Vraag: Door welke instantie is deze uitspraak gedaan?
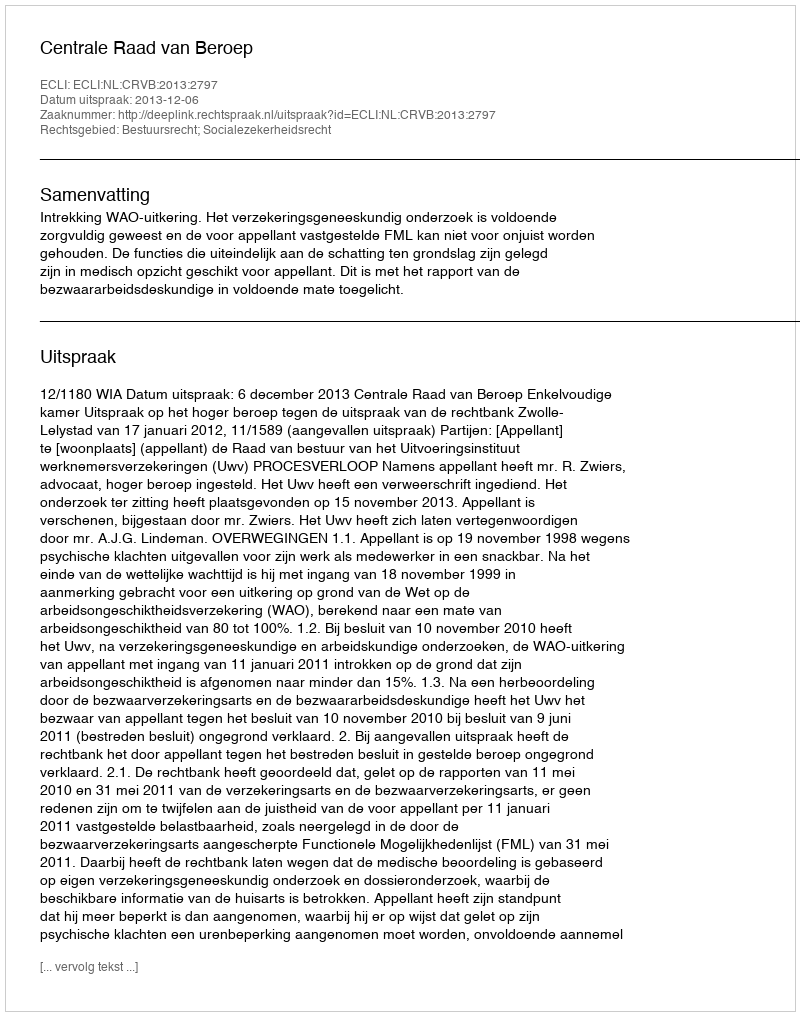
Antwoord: Centrale Raad van Beroep